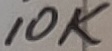
Text: 10K